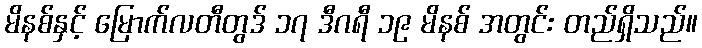
မိနစ်နှင့် မြောက်လတီတွဒ် ၁၇ ဒီဂရီ ၁၉ မိနစ် အတွင်း တည်ရှိသည်။